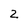
Character: 2